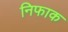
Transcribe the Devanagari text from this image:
निफाक